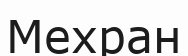
Мехран